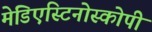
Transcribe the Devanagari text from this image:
मेडिएस्टिनोस्कोपी